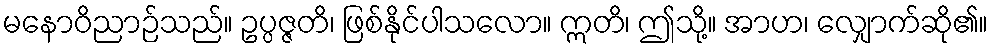
မနောဝိညာဉ်သည်။ ဥပ္ပဇ္ဇတိ၊ ဖြစ်နိုင်ပါသလော။ ဣတိ၊ ဤသို့။ အာဟ၊ လျှောက်ဆို၏။